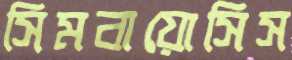
সিমবায়োসিস